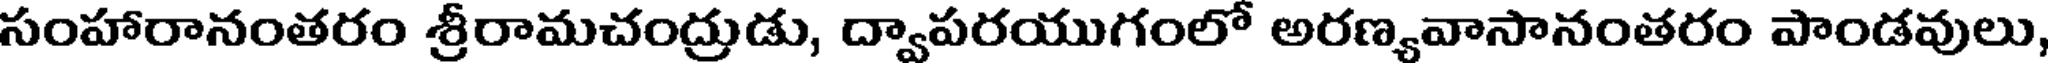
సంహారానంతరం శ్రీరామచంద్రుడు, ద్వాపరయుగంలో అరణ్యవాసానంతరం పాండవులు,